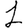
Digit: 1